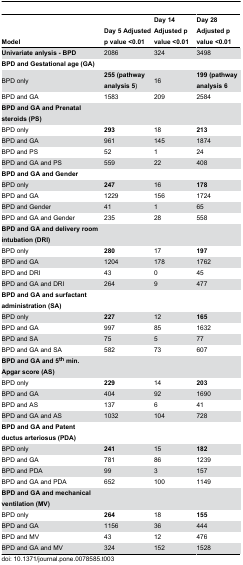
| Model | Day 5 Adjusted p value <0.01 | Day 14 Adjusted p value <0.01 | Day 28 Adjusted p value <0.01 |
 | --- | --- | --- | --- |
 | Univariate anlysis - BPD | 2086 | 324 | 3498 |
 | BPD and Gestational age (GA) |  |  |  |
 | BPD only | 255 (pathway analysis 5) | 16 | 199 (pathway analysis 6 |
 | BPD and GA | 1583 | 209 | 2584 |
 | BPD and GA and Prenatal steroids (PS) |  |  |  |
 | BPD only | 293 | 18 | 213 |
 | BPD and GA | 961 | 145 | 1874 |
 | BPD and PS | 52 | 1 | 24 |
 | BPD and GA and PS | 559 | 22 | 408 |
 | BPD and GA and Gender |  |  |  |
 | BPD only | 247 | 16 | 178 |
 | BPD and GA | 1229 | 156 | 1724 |
 | BPD and Gender | 41 | 1 | 65 |
 | BPD and GA and Gender | 235 | 28 | 558 |
 | BPD and GA and delivery room intubation (DRI) |  |  |  |
 | BPD only | 280 | 17 | 197 |
 | BPD and GA | 1204 | 178 | 1762 |
 | BPD and DRI | 43 | 0 | 45 |
 | BPD and GA and DRI | 264 | 9 | 477 |
 | BPD and GA and surfactant administration (SA) |  |  |  |
 | BPD only | 227 | 12 | 165 |
 | BPD and GA | 997 | 85 | 1632 |
 | BPD and SA | 75 | 5 | 77 |
 | BPD and GA and SA | 582 | 73 | 607 |
 | BPD and GA and 5th min. Apgar score (AS) |  |  |  |
 | BPD only | 229 | 14 | 203 |
 | BPD and GA | 404 | 92 | 1690 |
 | BPD and AS | 137 | 6 | 41 |
 | BPD and GA and AS | 1032 | 104 | 728 |
 | BPD and GA and Patent ductus arteriosus (PDA) |  |  |  |
 | BPD only | 241 | 15 | 182 |
 | BPD and GA | 781 | 86 | 1239 |
 | BPD and PDA | 99 | 3 | 157 |
 | BPD and GA and PDA | 652 | 100 | 1149 |
 | BPD and GA and mechanical ventilation (MV) |  |  |  |
 | BPD only | 264 | 18 | 155 |
 | BPD and GA | 1156 | 36 | 444 |
 | BPD and MV | 43 | 12 | 476 |
 | BPD and GA and MV | 324 | 152 | 1528 |